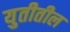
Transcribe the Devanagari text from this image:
युतीतील